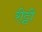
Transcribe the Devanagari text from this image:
रीट्टी